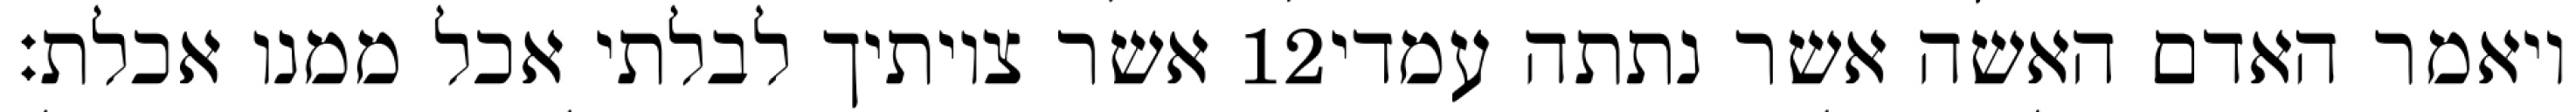
אשר צויתיך לבלתי אכל ממנו אכלת׃ ‎12‏ ויאמר האדם האשה אשר נתתה עמדי